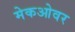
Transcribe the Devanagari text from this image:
मेकओवर